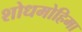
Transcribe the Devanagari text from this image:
शोधमोहिमा